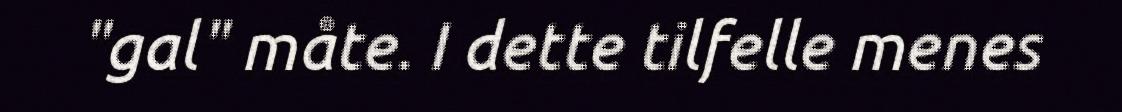
"gal" måte. I dette tilfelle menes